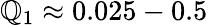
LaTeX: \mathbb{Q}_{1}\approx0.025-0.5